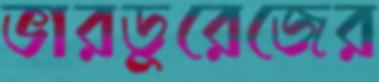
ভারডুরেজের